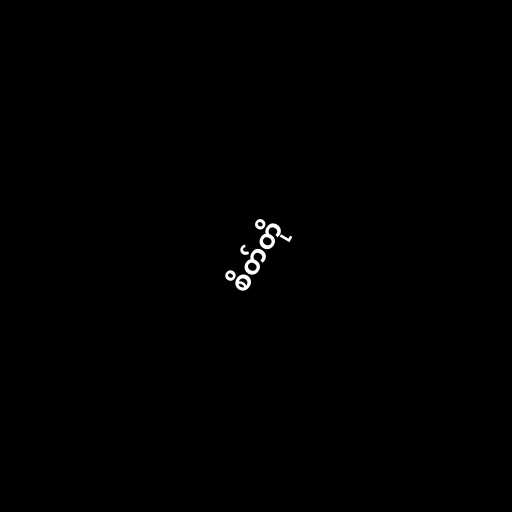
စိတ်တို